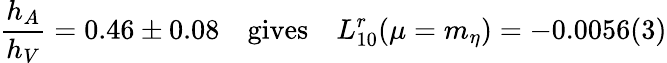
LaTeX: {\frac{h_{A}}{h_{V}}}=0.46\pm 0.08\quad\mathrm{gives}\quad L_{10}^{r}(\mu=m_{\eta})=-0.0056(3)